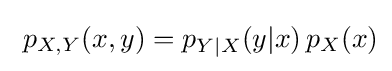
\ p_{X,Y}(x,y)=p_{Y|X}(y|x)\,p_{X}(x)